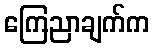
ကြေညာချက်က